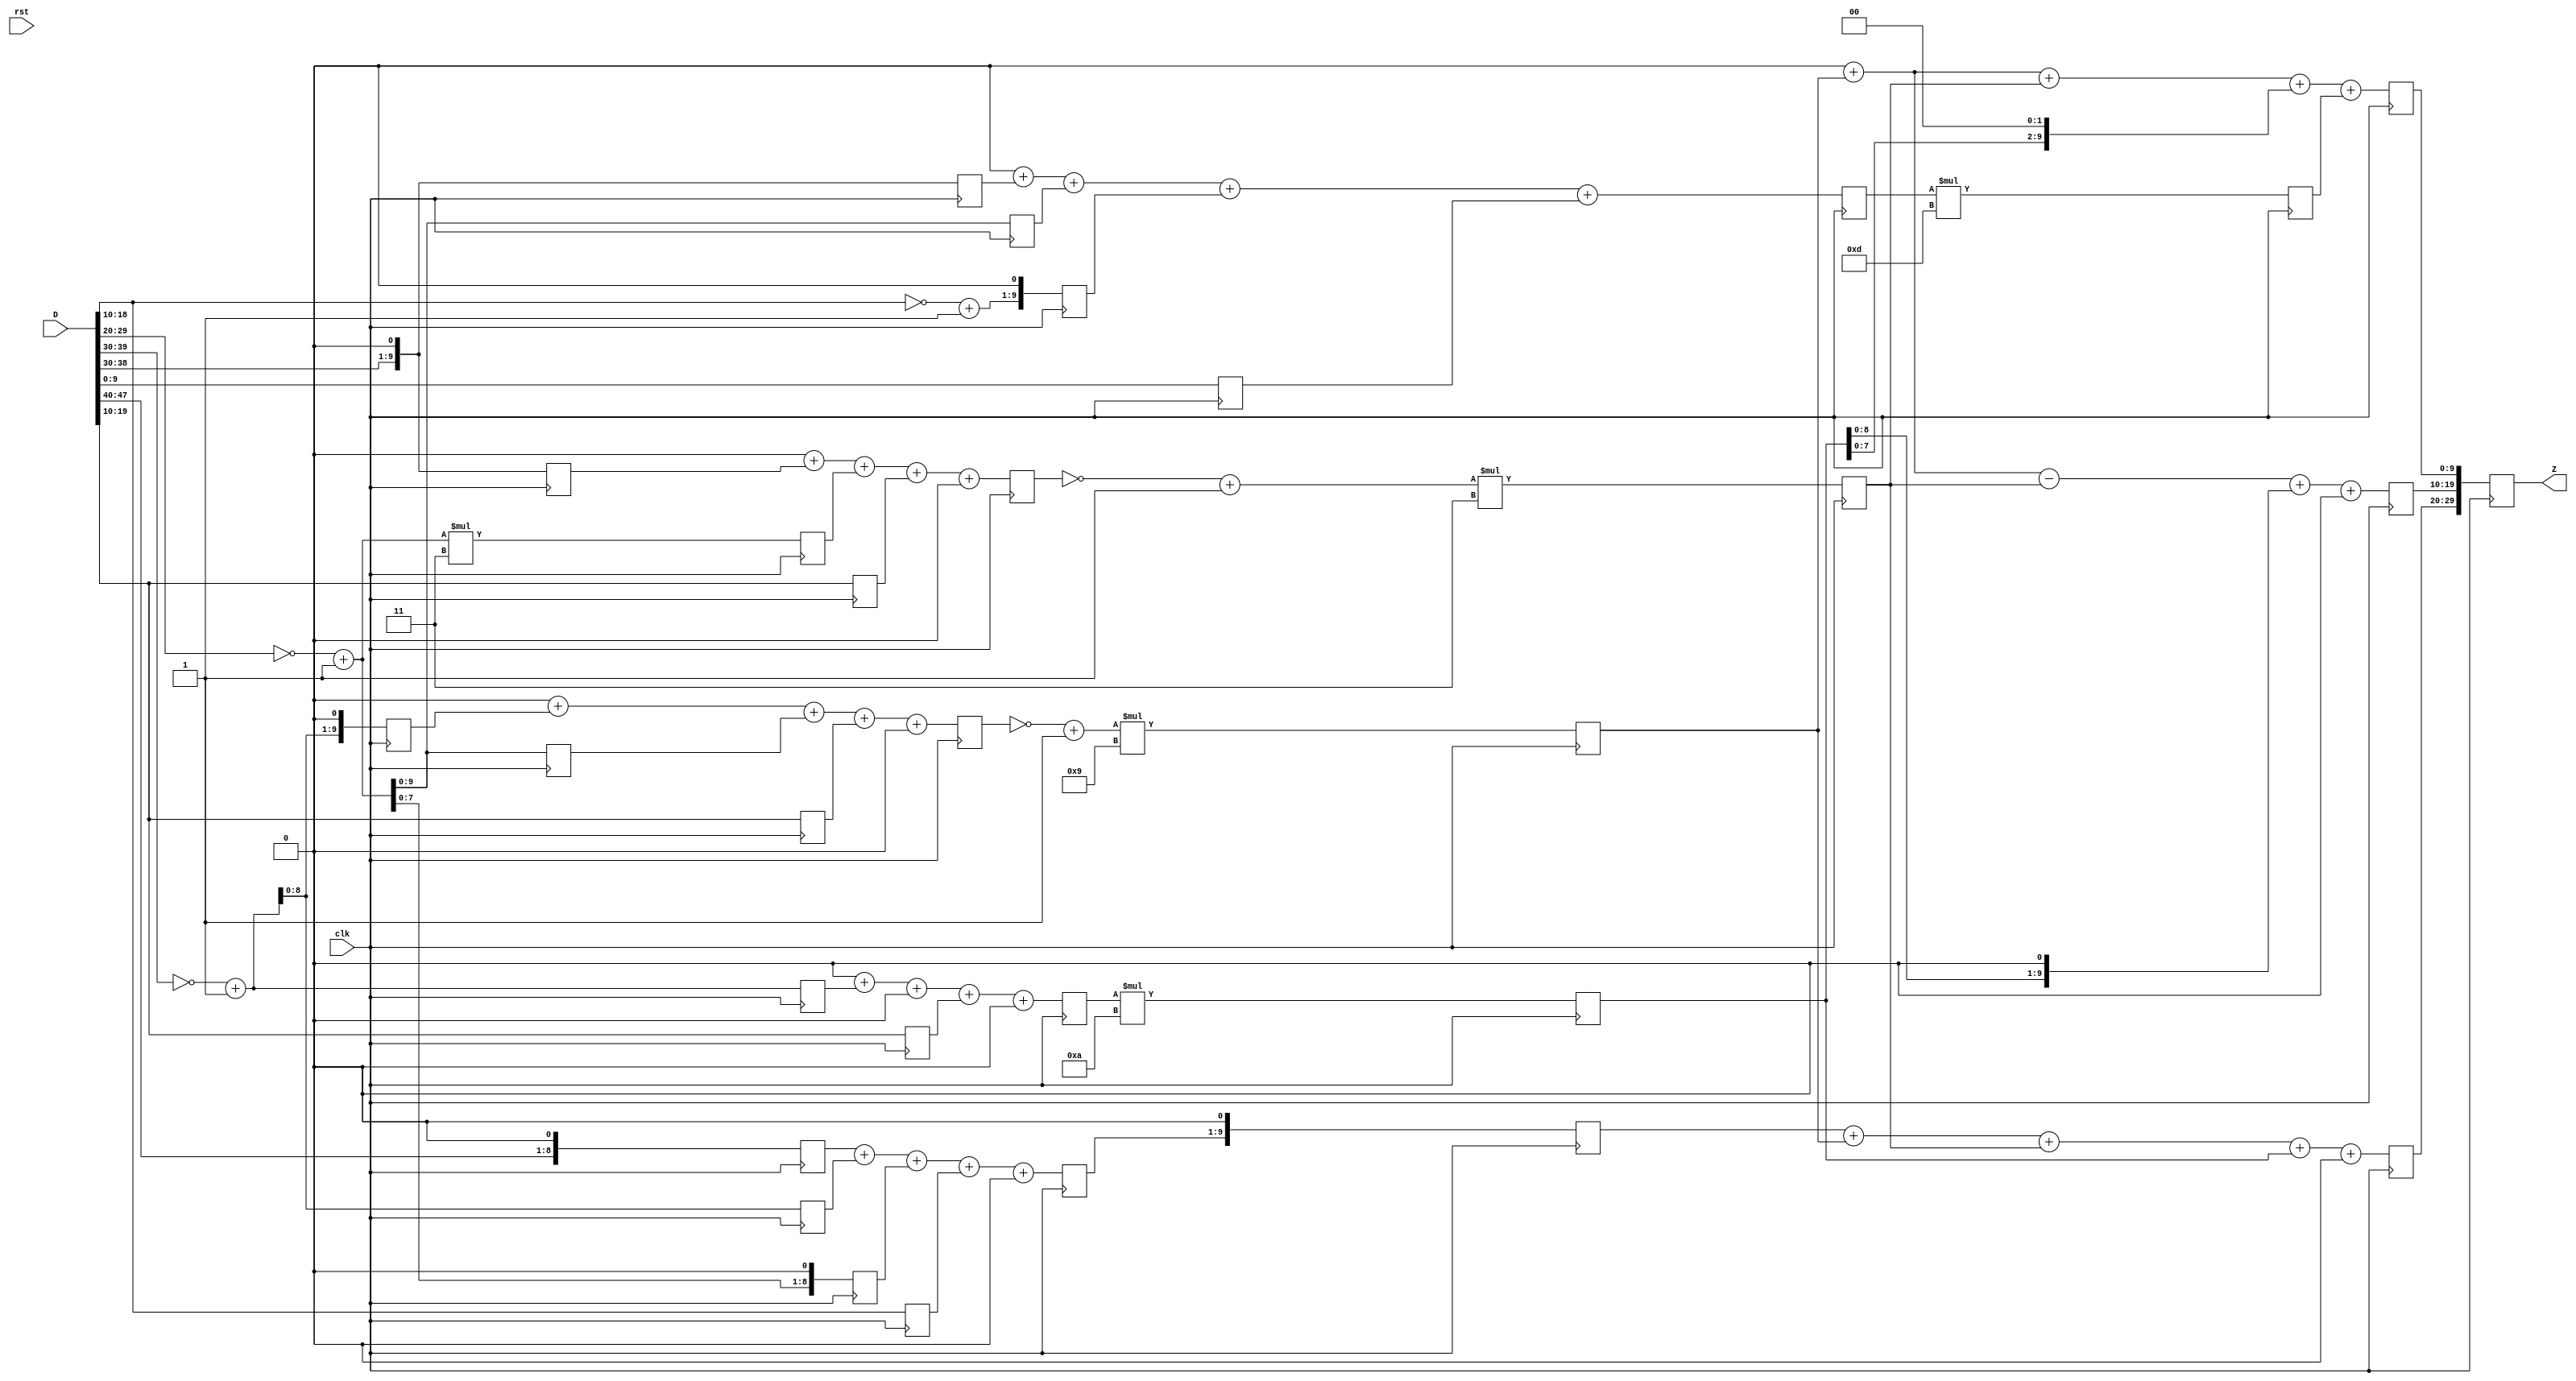
// WC.v generated by WCSyn.py
`timescale 1ns / 1ps
module WC(D, clk, rst, Z);
input  [10*5-1:0] D;
input  clk, rst;
output reg [10*3-1:0] Z;

	reg [9:0] input_t [0:4];
	reg [9:0] d [0:24];
	reg [9:0] MUL [0:4];
	reg [9:0] output_t [0:2];

	always@(posedge clk)begin

		//input_transform
		d[24] <= (D[9:0]);
		d[23] <= (~D[19:10] + 1) <<< 1;
		d[22] <= (~D[29:20] + 1);
		d[21] <= (D[39:30]) <<< 1;
		d[20] <= 0;
		d[19] <= 0;
		d[18] <= (D[19:10]);
		d[17] <= 0;
		d[16] <= (~D[39:30] + 1);
		d[15] <= 0;
		d[14] <= 0;
		d[13] <= (D[19:10]);
		d[12] <= (~D[29:20] + 1) * 3;
		d[11] <= (D[39:30]) <<< 1;
		d[10] <= 0;
		d[9] <= 0;
		d[8] <= (D[19:10]);
		d[7] <= (~D[29:20] + 1);
		d[6] <= (~D[39:30] + 1) <<< 1;
		d[5] <= 0;
		d[4] <= 0;
		d[3] <= (D[19:10]);
		d[2] <= (~D[29:20] + 1) <<< 1;
		d[1] <= (~D[39:30] + 1);
		d[0] <= (D[49:40]) <<< 1;

		input_t[0] <= (d[0]) +  (d[1]) +  (d[2]) +  (d[3]) + 0;
		input_t[1] <=0 +  (d[6]) +  (d[7]) +  (d[8]) + 0;
		input_t[2] <=0 +  (d[11]) +  (d[12]) +  (d[13]) + 0;
		input_t[3] <=0 +  (d[16]) + 0 +  (d[18]) + 0;
		input_t[4] <=0 +  (d[21]) +  (d[22]) +  (d[23]) +  (d[24]);

		//G*g
		MUL[0] <= (input_t[0]) <<< 1;
		MUL[1] <= (~input_t[1] + 1)*9;
		MUL[2] <= (~input_t[2] + 1)*3;
		MUL[3] <= (input_t[3])*10;
		MUL[4] <= (input_t[4])*13;

		output_t[0] <= (MUL[0]) + (MUL[1]) + (MUL[2]) + (MUL[3]) + 0;
		output_t[1] <=  0 + (MUL[1]) - (MUL[2]) + (MUL[3] <<< 1) + 0;
		output_t[2] <=  0 + (MUL[1]) + (MUL[2]) + (MUL[3] <<< 2) +  (MUL[4]);

		Z[29:20] <= output_t[0];
		Z[19:10] <= output_t[1];
		Z[9:0] <= output_t[2];

	end
endmodule